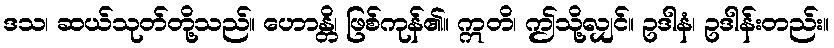
ဒသ၊ ဆယ်သုတ်တို့သည်။ ဟောန္တိ၊ ဖြစ်ကုန်၏။ ဣတိ၊ ဤသို့လျှင်။ ဥဒါနံ၊ ဥဒါန်းတည်း။